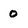
Character: O